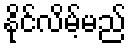
နိုင်လိမ့်မည်